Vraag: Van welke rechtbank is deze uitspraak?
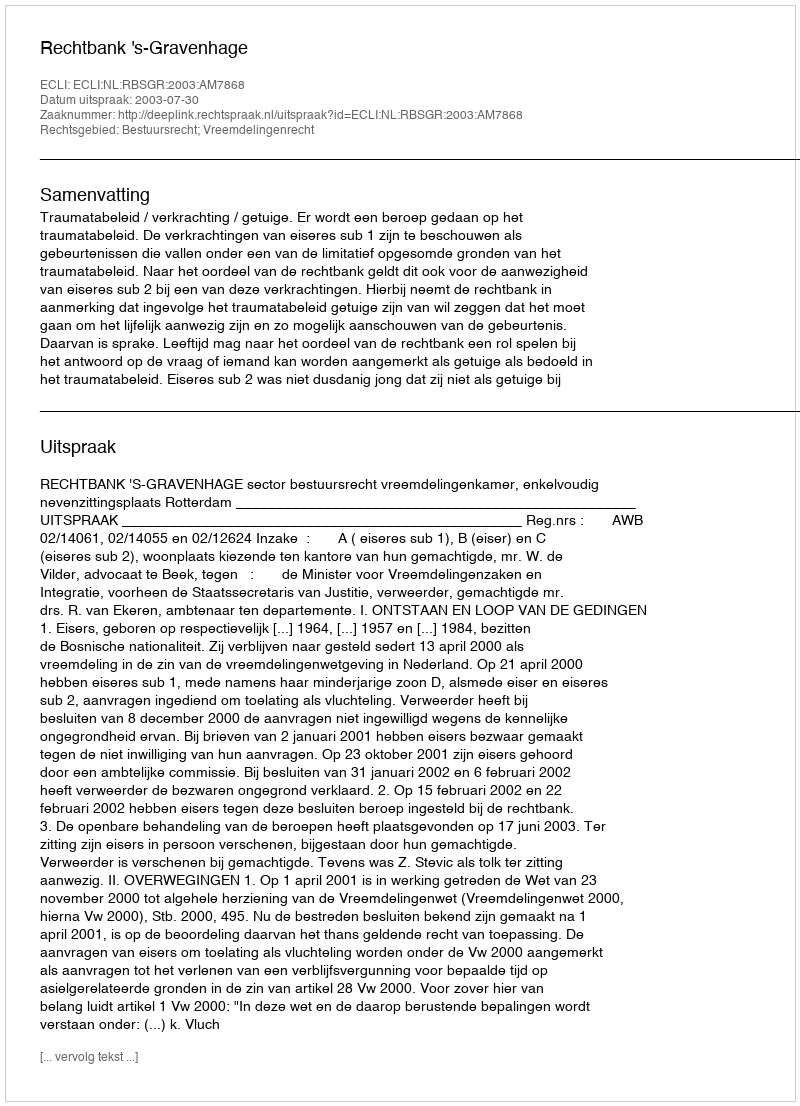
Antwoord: Rechtbank 's-Gravenhage